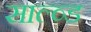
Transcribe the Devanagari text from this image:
साल्व्ड